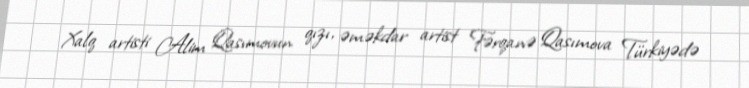
Xalq artisti Alim Qasımovun qızı, əməkdar artist Fərqanə Qasımova Türkiyədə